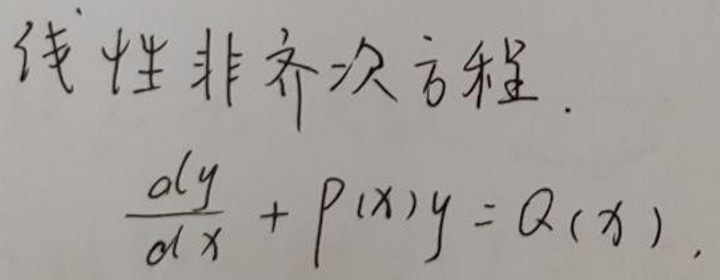
线性非齐次方程.

\[
\frac{dy}{dx} + P(x)y = Q(x)
\]